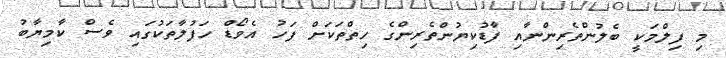
މި ފިލްމަކީ ބެލުންތެރިންނާއި ފާޑުކިޔުންތެރިންގެ ހިތްތަކަށް ފަހު އެވޯޑް ހަފުލާތަކުގައި ވެސް ކާމިޔާބު